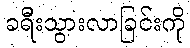
ခရီးသွားလာခြင်းကို